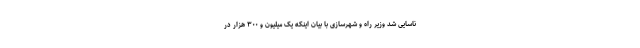
ناسایی شد وزیر راه و شهرسازی با بیان اینکه یک میلیون و ۳۰۰ هزار در